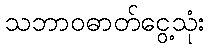
သဘာဝဓာတ်ငွေ့သုံး